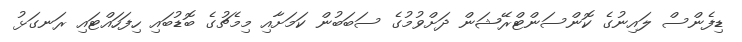
ޑިފެންސް ލައިނުގެ ކޮންސަންޓްރޭޝަން ދަށްވުމުގެ ސަބަބުން ކަމަށާއި މިމެޗުގެ ބޮޑުބައި ހިފަހައްޓައި ރަނގަޅު